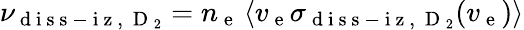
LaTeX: \nu_{\mathrm{~d~i~s~s~-~i~z~,~}\mathrm{~D~}_{2}}=n_{\mathrm{~e~}}\left\langle v_{\mathrm{~e~}}\sigma_{\mathrm{~d~i~s~s~-~i~z~,~}\mathrm{~D~}_{2}}(v_{\mathrm{~e~}})\right\rangle